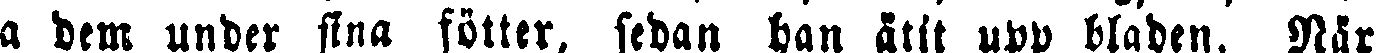
sa dem under sina fötter, sedan han ätit upp bladen. När